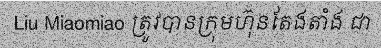
Liu Miaomiao ត្រូវបានក្រុមហ៊ុនតែងតាំង ជា